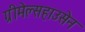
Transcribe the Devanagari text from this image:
ग्रीमेल्सहाउसेन